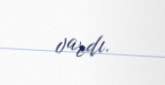
vardı.